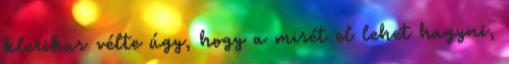
klerikus vélte úgy, hogy a misét el lehet hagyni,